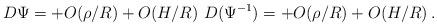
LaTeX: \begin{align*} D\Psi=+O(\rho/R)+O(H/R)~D(\Psi^{-1})=+O(\rho/R)+O(H/R)\,.\end{align*}